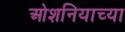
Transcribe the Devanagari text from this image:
ओशनियाच्या